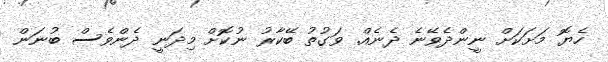
ހެޔޮ މަށަކަށް ނީންދެވޭނެ ދެނެއް. ވަގުތު ބޭކާރު ނުކޮށް މިދަނީ ދެންވެސް ބުނަން